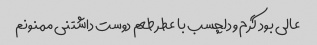
عالی بود گرم و دلچسب با عطر طعم دوست داشتنی ممنونم